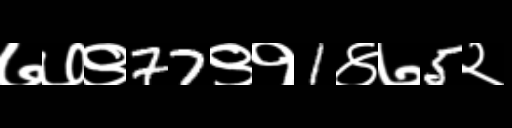
Text: ७७९77९१1४७5२